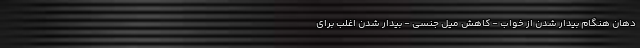
دهان هنگام بیدار شدن از خواب - کاهش میل جنسی - بیدار شدن اغلب برای